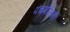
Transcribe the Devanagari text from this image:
पंचमीलाही